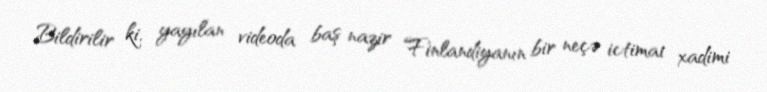
Bildirilir ki, yayılan videoda baş nazir Finlandiyanın bir neçə ictimai xadimi